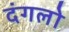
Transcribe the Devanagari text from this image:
दंगलो